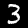
Label: 3